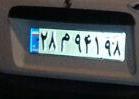
۲۸م۹۴۱۹۸